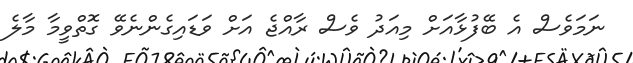
ނަމަވެސް އެ ބޭފުޅާއަށް މިއަދު ވެސް ރާއްޖެ އަށް ވަޑައިގެންނެވޭ ގޮތްވީމާ މާލެ